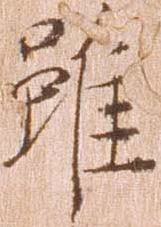
雖